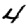
Digit: 4